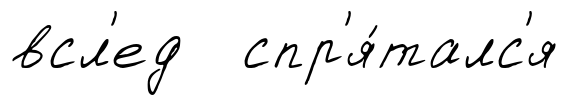
всл'ед спр'я́талс'я